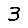
Digit: 3